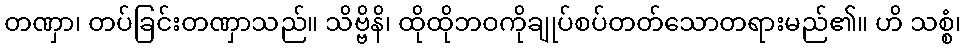
တဏှာ၊ တပ်ခြင်းတဏှာသည်။ သိဗ္ဗိနိ၊ ထိုထိုဘဝကိုချုပ်စပ်တတ်သောတရားမည်၏။ ဟိ သစ္စံ၊